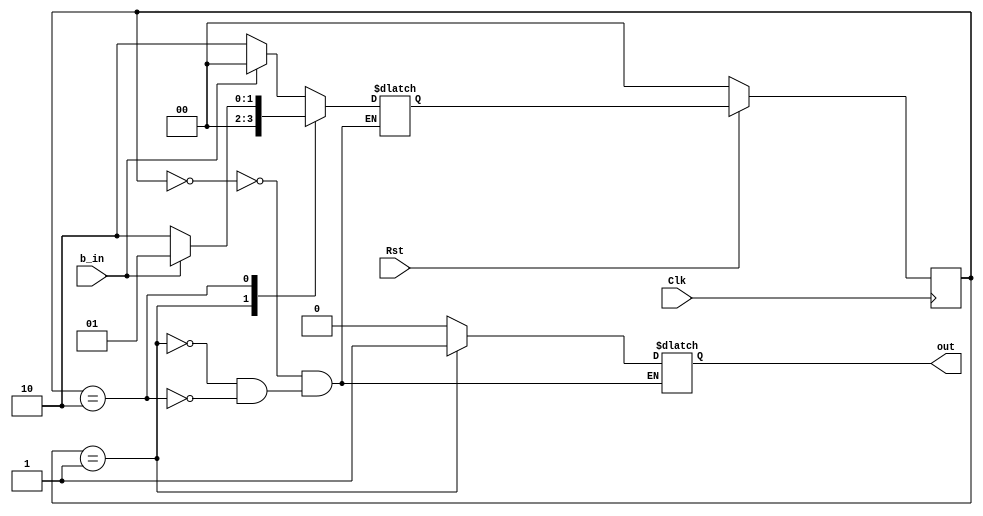
// button shaper modified to send pulse on release of button, not press
module buttonShaper(Clk, Rst, b_in, out);
   input Clk, Rst, b_in;
   output reg out;
   
   parameter S_Init = 0, S_Pulse = 1,
              S_Wait = 2;
    
	reg [1:0] State, StateNext;
	
	// Comb Logic
	always @ (State, b_in) begin
		case(State)
		
			S_Init: begin
				out <= 0;
				if (b_in == 0)
					StateNext <= S_Wait;
				else
					StateNext <= S_Init;
			end
			
      	S_Pulse: begin
				out <= 1;
				StateNext <= S_Init;
			end
			
			S_Wait: begin
				out <= 0;
				if (b_in == 1)
					StateNext <= S_Pulse;
				else
					StateNext <= S_Wait;
			end
		endcase
	end
	
	// StateReg
	always @ (posedge Clk) begin
		if (Rst == 0)
			State <= S_Init;
		else
			State <= StateNext;
	end
endmodule